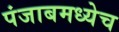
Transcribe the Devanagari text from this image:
पंजाबमध्येच